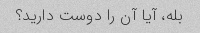
بله، آیا آن را دوست دارید؟